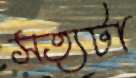
সত্যটা